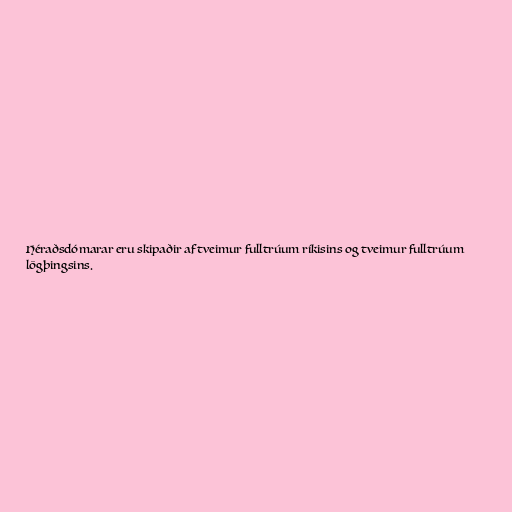
Héraðsdómarar eru skipaðir af tveimur fulltrúum ríkisins og tveimur fulltrúum
lögþingsins.